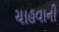
ચાહવાની